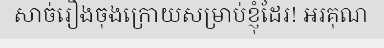
សាច់រឿងចុងក្រោយសម្រាប់ខ្ញុំដែរ! អរគុណ